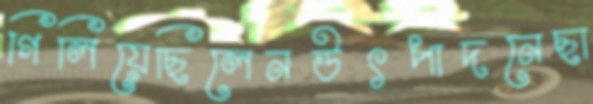
গিলিয়েছিলেনউৎপাদনেছা